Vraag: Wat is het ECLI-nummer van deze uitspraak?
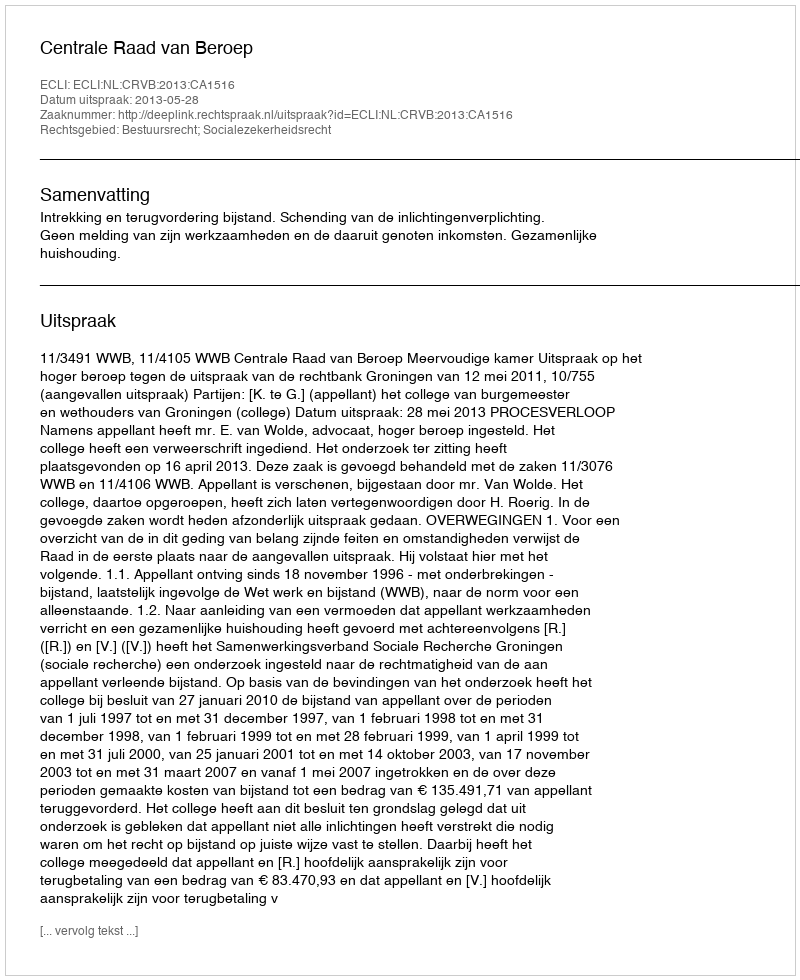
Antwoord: ECLI:NL:CRVB:2013:CA1516